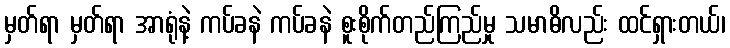
မှတ်ရာ မှတ်ရာ အာရုံနဲ့ ကပ်ခနဲ ကပ်ခနဲ စူးစိုက်တည်ကြည်မှု သမာဓိလည်း ထင်ရှားတယ်၊